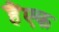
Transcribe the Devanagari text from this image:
हैंएक